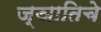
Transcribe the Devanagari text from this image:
ज्ञातिचे